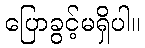
ပြောခွင့်မရှိပါ။